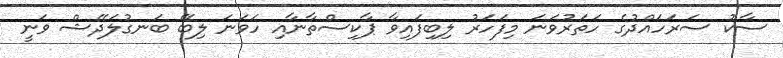
ސާކު ސަރަހައްދުގެ ހަތަރުވަނަ މިފަހަރު ލިބިފައިވާ ޕާކިސްތާނާއި ހަވަނަ ލިބޭ ބަނގުލަދޭޝް ވަނީ